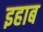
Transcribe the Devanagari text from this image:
इहाब